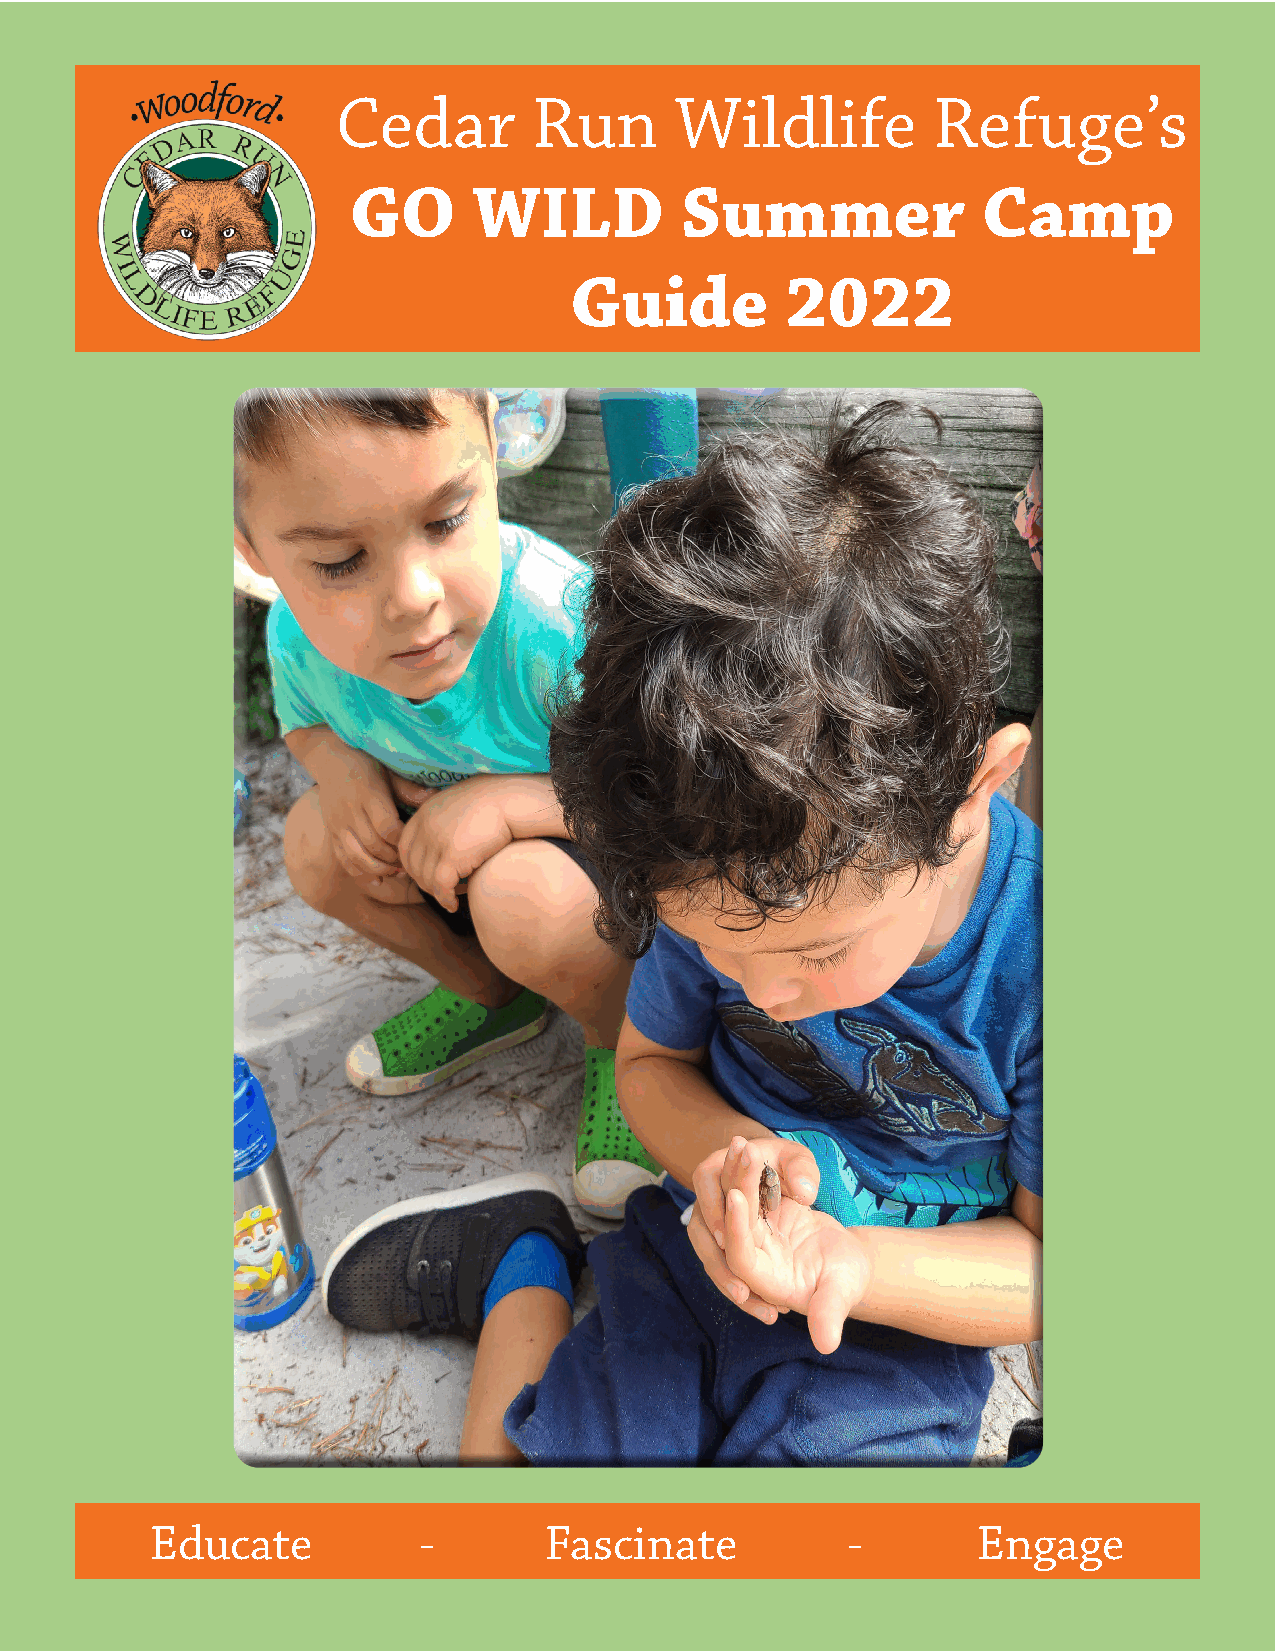
Cedar        Run       Wildlife         Refuge’s
 GO      WILD          Summer              Camp
 Guide         2022
 Educate           -       Fascinate           -        Engage